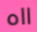
ااه